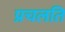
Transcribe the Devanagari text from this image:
प्रचलति